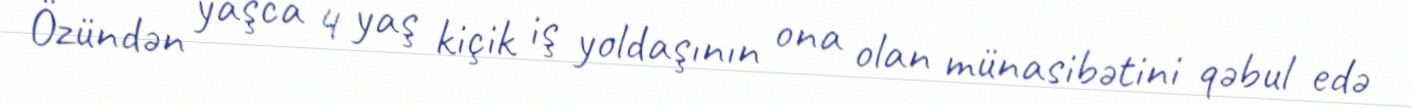
Özündən yaşca 4 yaş kiçik iş yoldaşının ona olan münasibətini qəbul edə